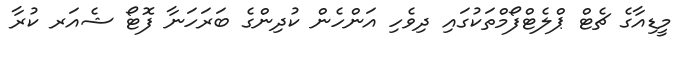
މީޑިއާގެ ޗެޓް ޕްލެޓްފޯމްތަކުގައި ދިވެހި އަންހެން ކުދިންގެ ބަރަހަނާ ފޮޓޯ ޝެއަރ ކުރާ